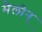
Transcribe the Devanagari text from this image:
मैलोन्